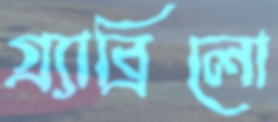
গ্র্যাব্রিলো